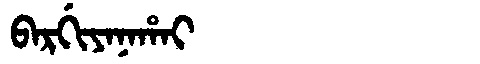
Manchu: ᠪᠠᡵᡤᡳᠶᠠᠨᠠᡥᠠᡳ
Romanization: BARGIYANAHAI